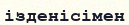
ізденісімен